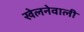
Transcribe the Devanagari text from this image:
खेलनेवाली